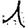
Digit: 1